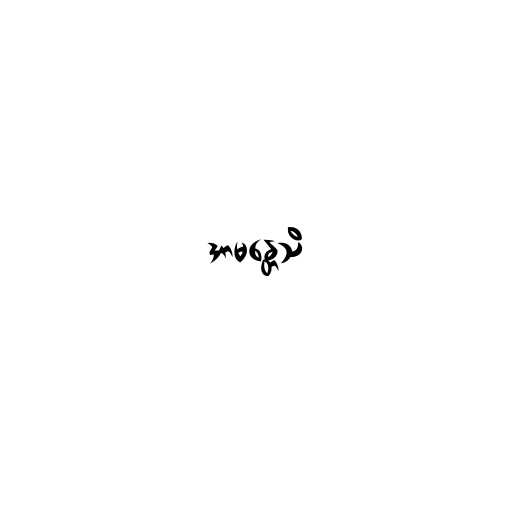
အာမန္တေသိ